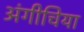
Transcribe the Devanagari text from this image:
अंगीचिया